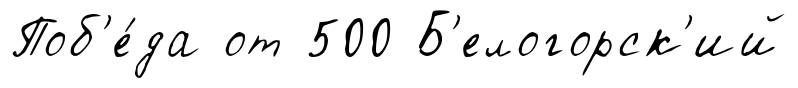
Поб'е́да от 500 Б'елогорск'ий